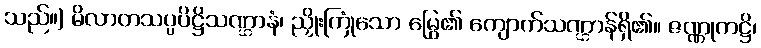
သည်။) မိလာတသပ္ပပိဋ္ဌိသဏ္ဌာနံ၊ ညှိုးကြုံသော မြွေ၏ ကျောက်သဏ္ဌာန်ရှိ၏။ ဇဏ္ဏုကဋ္ဌိ၊